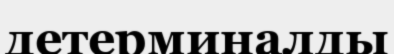
детерминалды